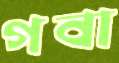
গবা